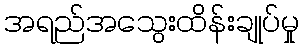
အရည်အသွေးထိန်းချုပ်မှု